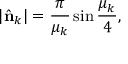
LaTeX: | \hat { \bf n } _ { k } | = { \frac { \pi } { \mu _ { k } } } \sin { \frac { \mu _ { k } } { 4 } } ,